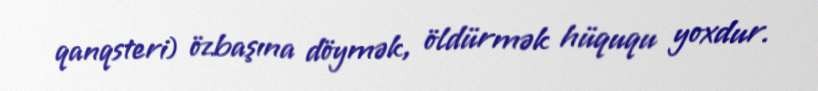
qanqsteri) özbaşına döymək, öldürmək hüququ yoxdur.